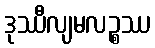
ဒုဿီလျမလဉ္စဿ